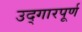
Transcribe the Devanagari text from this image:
उद्गारपूर्ण